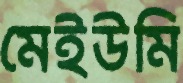
মেইউমি